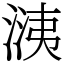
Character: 㴣